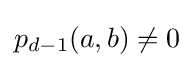
p_{d-1}(a,b)\neq 0